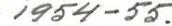
1954-55